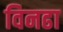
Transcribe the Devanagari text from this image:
विनढा